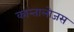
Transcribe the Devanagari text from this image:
कान्तालोजस